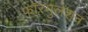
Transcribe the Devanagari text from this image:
फॉरमुलेशन